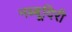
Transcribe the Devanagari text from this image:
नब्‍बूदिरी